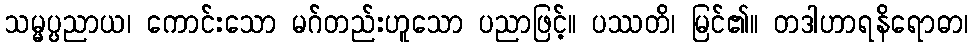
သမ္မပ္ပညာယ၊ ကောင်းသော မဂ်တည်းဟူသော ပညာဖြင့်။ ပဿတိ၊ မြင်၏။ တဒါဟာရနိရောဓာ၊